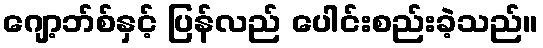
ဂျော့ဘ်စ်နှင့် ပြန်လည် ပေါင်းစည်းခဲ့သည်။